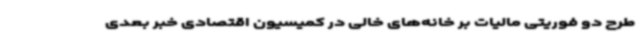
طرح دو فوریتی مالیات بر خانه‌های خالی در کمیسیون اقتصادی خبر بعدی